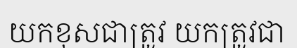
យកខុសជាត្រូវ យកត្រូវជា